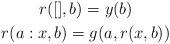
LaTeX: \begin{gather*} r([],b) = y(b) \\ r(a:x,b) = g(a,r(x,b)) \end{gather*}